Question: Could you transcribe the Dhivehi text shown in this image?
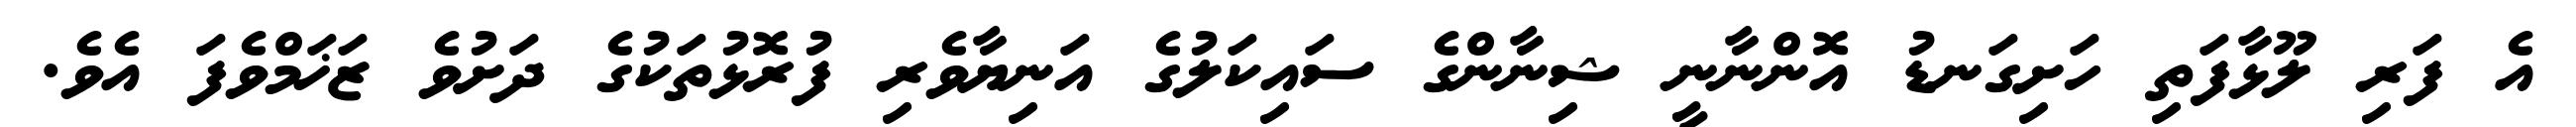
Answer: އެ ފަރި ލޫޅާފަތި ހަށިގަނޑު އޮންނާނީ ޝިނާންގެ ސައިކަލުގެ އަނިޔާވެރި ފުރޮޅުތަކުގެ ދަށުވެ ޒަޚަމްވެފަ އެވެ.